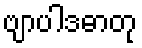
ဗျာပါဒဓာတု